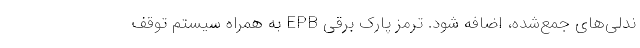
ندلی‌های جمع‌شده، اضافه شود. ترمز پارک برقی EPB به همراه سیستم توقف